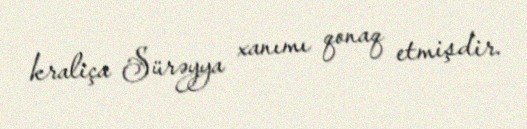
kraliça Sürəyya xanımı qonaq etmişdir.